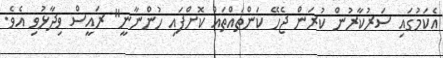
އެކަމުގައި ސަރުކާރުން ކުރަން ޖެހޭ ކަންތައްތައް ކޮށްފައި ހުންނާނީ" ރައީސް ވިދާޅުވި އެވެ.